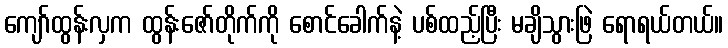
ကျော်ထွန်းလှက ထွန်းဇော်တိုက်ကို စောင်ခေါက်နဲ့ ပစ်ထည့်ပြီး မချိသွားဖြဲ ရောရယ်တယ်။